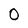
Character: O